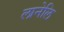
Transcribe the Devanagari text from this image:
लानेलि